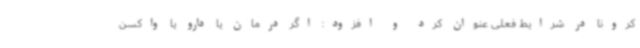
کرونا در شرایط فعلی عنوان کرد و افزود: اگر درمان یا دارو یا واکسن